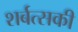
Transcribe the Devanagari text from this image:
शर्बत्सकी